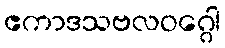
ဧကာဒသဗလဝဂ္ဂေါ